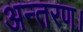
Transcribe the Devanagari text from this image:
अन्तरण।